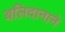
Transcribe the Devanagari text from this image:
बलिदानाने